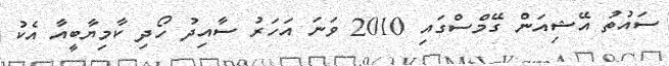
ސައުތު އޭޝިއަން ގޭމްސްގައި 2010 ވަނަ އަހަރު ސާއިދު ހޯދި ކާމިޔާބީއާ އެކު